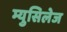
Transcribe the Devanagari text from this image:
म्युसिलेज